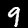
Digit: 9